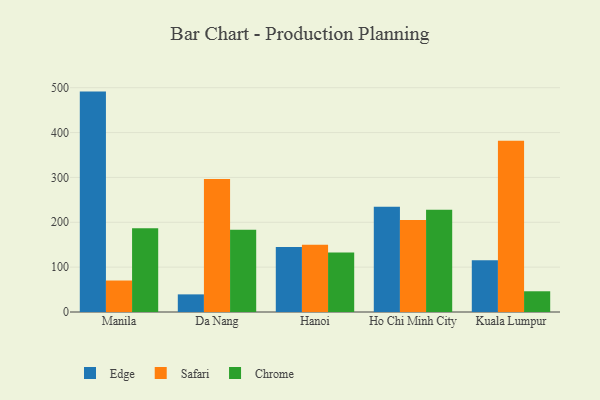
{"axis": {"x": "City", "y": "Bounce Rate (%)"}, "legend": ["Chrome", "Edge", "Safari"], "data": [{"x": "Manila", "y": 491.3, "type": "Edge"}, {"x": "Manila", "y": 70.2, "type": "Safari"}, {"x": "Manila", "y": 186.6, "type": "Chrome"}, {"x": "Da Nang", "y": 39.3, "type": "Edge"}, {"x": "Da Nang", "y": 296.6, "type": "Safari"}, {"x": "Da Nang", "y": 183.3, "type": "Chrome"}, {"x": "Hanoi", "y": 144.8, "type": "Edge"}, {"x": "Hanoi", "y": 149.8, "type": "Safari"}, {"x": "Hanoi", "y": 132.9, "type": "Chrome"}, {"x": "Ho Chi Minh City", "y": 234.4, "type": "Edge"}, {"x": "Ho Chi Minh City", "y": 205.3, "type": "Safari"}, {"x": "Ho Chi Minh City", "y": 227.8, "type": "Chrome"}, {"x": "Kuala Lumpur", "y": 115.5, "type": "Edge"}, {"x": "Kuala Lumpur", "y": 381.8, "type": "Safari"}, {"x": "Kuala Lumpur", "y": 46.2, "type": "Chrome"}]}